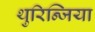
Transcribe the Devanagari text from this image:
थुरिन्जिया